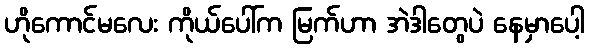
ဟိုကောင်မလေး ကိုယ်ပေါ်က မြက်ဟာ အဲဒါတွေပဲ နေမှာပေါ့